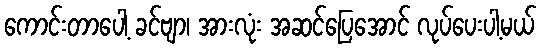
ကောင်းတာပေါ့ ခင်ဗျာ၊ အားလုံး အဆင်ပြေအောင် လုပ်ပေးပါ့မယ်